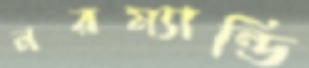
নরম্যান্ডি